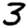
Digit: 3